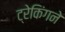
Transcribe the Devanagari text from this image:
ट्रेकिंगने